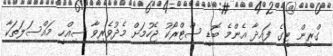
ގްރީން ޓީގެ ފައިދާ އެންމެ ބޮޑީ ސްޓްރޯކު ޖެހުމަށް މެދުވެރިވާ ސިއްހީ މައްސަލަތަކާ